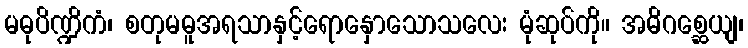
မဓုပိဏ္ဍိကံ၊ စတုမဓူအရသာနှင့်ရောနှောသောသလေး မုံဆုပ်ကို။ အဓိဂစ္ဆေယျ၊